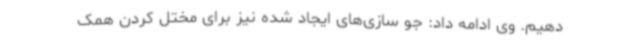
‌دهیم. وی ادامه داد: جو سازی‌های ایجاد شده نیز برای مختل کردن همک